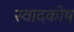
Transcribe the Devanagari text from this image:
स्वादकोष